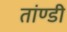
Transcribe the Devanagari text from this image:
तांण्डी